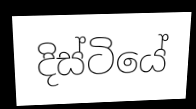
දිස්ටියේ